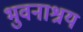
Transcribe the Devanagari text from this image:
भुवनाश्रय